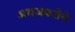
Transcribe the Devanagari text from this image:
अराजकतेचे